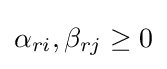
\alpha _{ri},\beta _{rj}\geq 0